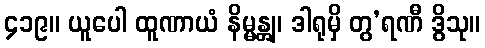
၄၁၉။ ယူပေါ ထူဏာယံ နိမ္မန္တျ၊ ဒါရုမှိ တွ’ရဏီ ဒွိသု။